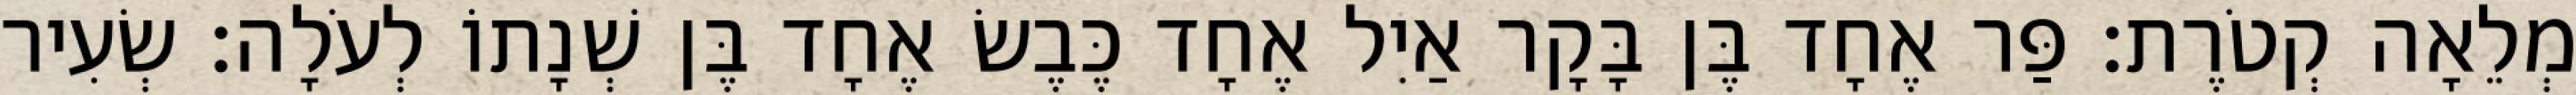
מְלֵאָה קְטֹרֶת׃ פַּר אֶחָד בֶּן בָּקָר אַיִל אֶחָד כֶּבֶשׂ אֶחָד בֶּן שְׁנָתוֹ לְעֹלָה׃ שְׂעִיר